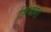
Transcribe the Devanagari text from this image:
विभोर।